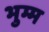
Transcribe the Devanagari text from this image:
भुम्म